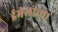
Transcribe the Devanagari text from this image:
ईमेलांच्या